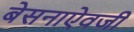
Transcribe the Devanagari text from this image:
बेसनाऐवजी